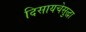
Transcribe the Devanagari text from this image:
दिसायचेसुद्धा